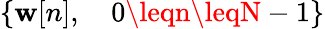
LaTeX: \{ \mathbf{w}[n],\quad0\leqn\leqN-1\}